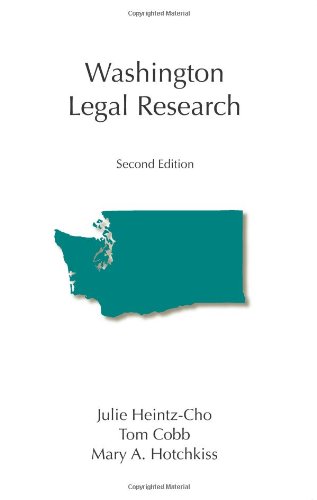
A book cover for Washington Legal Research; Julie A. Heintz-Cho; Law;